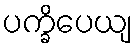
ပက္ခိပေယျ